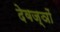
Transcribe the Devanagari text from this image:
देवज्ञों